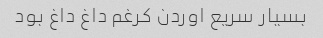
بسیار سریع اوردن کرغم داغ داغ بود